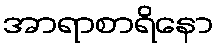
အာရာစာရိနော